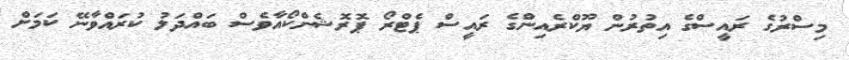
މިސްރުގެ ރައީސްގެ އިތުރުން ޔޫކްރެއިންގެ ރައީސް ޕެޓްރޯ ޕޮރޮޝެންކޯއާވެސް ބައްދަލު ކުރައްވާނޭ ކަމަށް